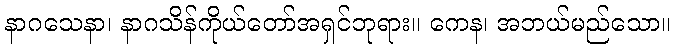
နာဂသေနာ၊ နာဂသိန်ကိုယ်တော်အရှင်ဘုရား။ ကေန၊ အဘယ်မည်သော။